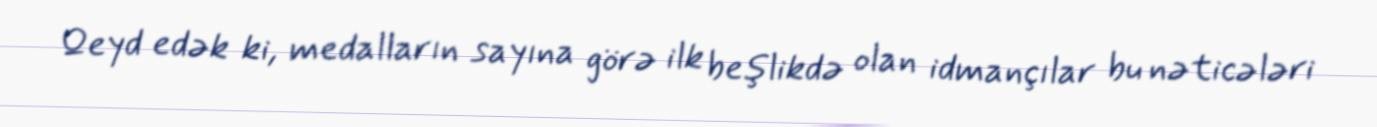
Qeyd edək ki, medalların sayına görə ilk beşlikdə olan idmançılar bu nəticələri